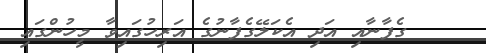
ގެފާނާއި އަދި އެކަލޭގެފާނުގެ އަރިހުގައިވާ މީހުންގައި